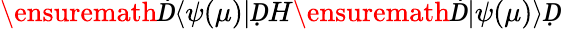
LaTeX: \ensuremath Ḋ\langle\psi(\mu)\vert ḌH\ensuremath Ḋ\vert\psi(\mu)\rangle Ḍ